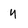
Character: u